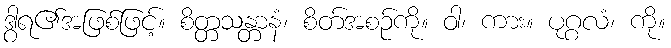
ဒွါရ၏အဖြစ်ဖြင့်။ စိတ္တသန္တာနံ၊ စိတ်အစဉ်ကို။ ဝါ၊ ကား။ ပုဂ္ဂလံ၊ ကို။